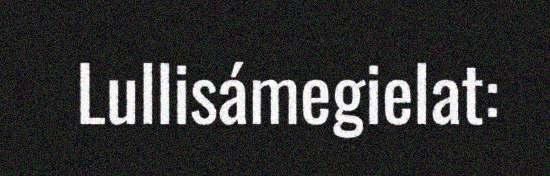
Lullisámegielat: